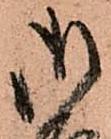
御